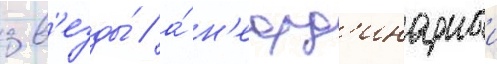
зв'езды́ / а́ н'еорд'инарныи